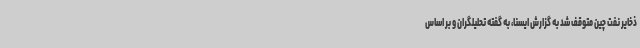
ذخایر نفت چین متوقف شد به گزارش ایسنا، به گفته تحلیلگران و بر اساس